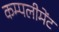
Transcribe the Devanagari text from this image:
कम्पलीमेंट